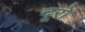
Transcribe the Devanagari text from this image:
दूरो